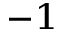
^ { - 1 }